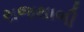
રાજથાળી